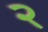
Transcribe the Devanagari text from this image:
२